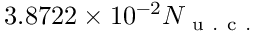
3 . 8 7 2 2 \times 1 0 ^ { - 2 } N _ { \mathrm { ~ u ~ . ~ c ~ . ~ } }